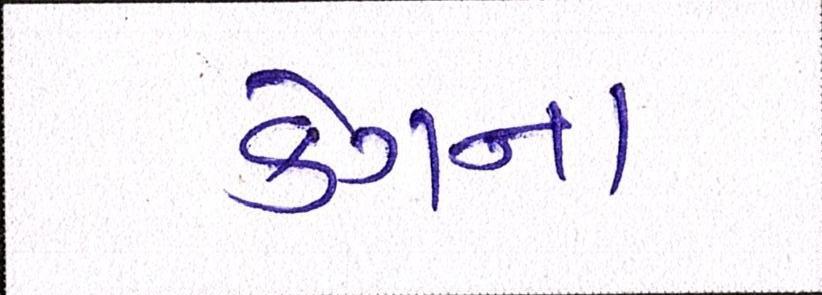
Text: કેગના